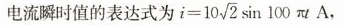
电流瞬时值的表达式为$$i = 1 0 \sqrt { 2 } \sin 1 0 0 π t A$$ ，